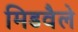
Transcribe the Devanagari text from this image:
मिडवैले